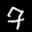
Label: 7